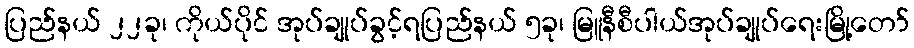
ပြည်နယ် ၂၂ခု၊ ကိုယ်ပိုင် အုပ်ချုပ်ခွင့်ရပြည်နယ် ၅ခု၊ မြူနီစီပါယ်အုပ်ချုပ်ရေးမြို့တော်